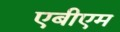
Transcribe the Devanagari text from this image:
एबीएम